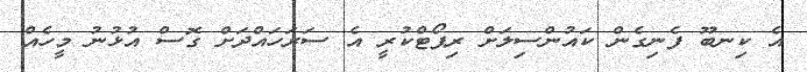
އެ ކިނބޫ ފެނިގެން ކައުންސިލަށް ރިޕޯޓްކުރީ އެ ސަރަހައްދަށް ގޮސް އުޅުނު މީހެއް